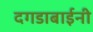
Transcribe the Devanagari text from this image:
दगडाबाईनी